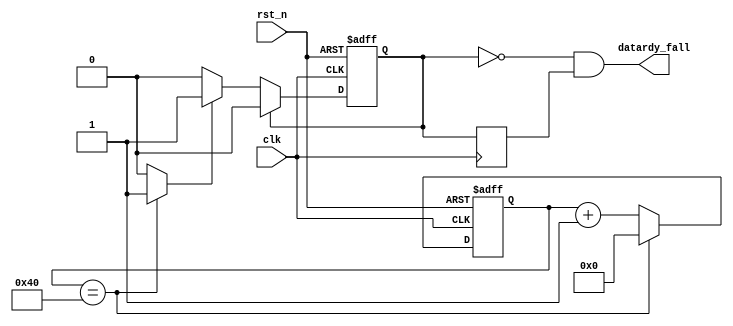
/*******************************
*
* the author : hust-coded
* the date   : 2023.04.05
* description : generate the signal of datardy  every 64 sclk
*
**/
`timescale 1ns / 1ps

module counter64(

  input clk,
  input rst_n,
  
  output wire datardy_fall

);

wire counter_flag;
reg [6:0] counter;
reg  datardy_r;
reg [6:0] datardy_r_dly1;
always @(posedge clk or negedge rst_n) begin
    if(!rst_n)
       counter <= 7'b0;
    else if(counter == 7'd64)
       counter <= 7'b0;
    else
       counter <= counter + 1'b1;
    
end

assign counter_flag = (counter == 7'd64)? (1'b1):(1'b0);

always@(posedge clk or negedge rst_n)begin
    if(!rst_n)
       datardy_r <= 1'b0;
    else if(datardy_r == 1'b1)
       datardy_r <= 1'b0;
    else if(counter_flag)
       datardy_r <= 1'b1;
end

always@(posedge clk)begin
    datardy_r_dly1 <= datardy_r; //dly
end



assign datardy_fall = (~datardy_r & datardy_r_dly1); // capture the fall of datardy

endmodule